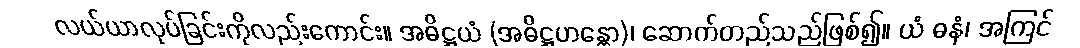
လယ်ယာလုပ်ခြင်းကိုလည်းကောင်း။ အဓိဋ္ဌယံ (အဓိဋ္ဌဟန္တော)၊ ဆောက်တည်သည်ဖြစ်၍။ ယံ ဓနံ၊ အကြင်